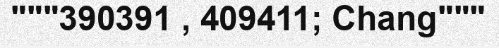
"""390391 , 409411; Chang"""